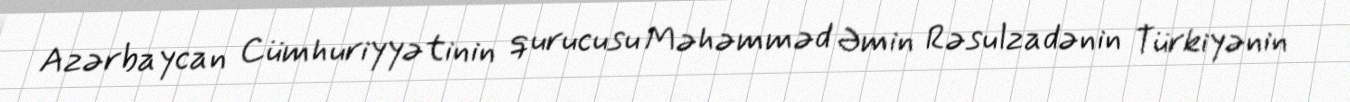
Azərbaycan Cümhuriyyətinin qurucusu Məhəmməd Əmin Rəsulzadənin Türkiyənin